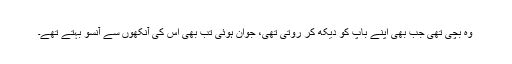
وہ بچی تھی جب بھی اپنے باپ کو دیکھ کر روتی تھی، جوان ہوئی تب بھی اس کی آنکھوں سے آنسو بہتے تھے۔